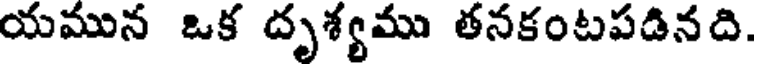
యమున ఒక దృశ్యము తనకంటపడినది.